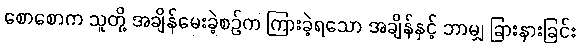
စောစောက သူတို့ အချိန်မေးခဲ့စဉ်က ကြားခဲ့ရသော အချိန်နှင့် ဘာမျှ ခြားနားခြင်း